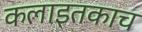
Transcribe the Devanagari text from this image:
कलाइतकाच